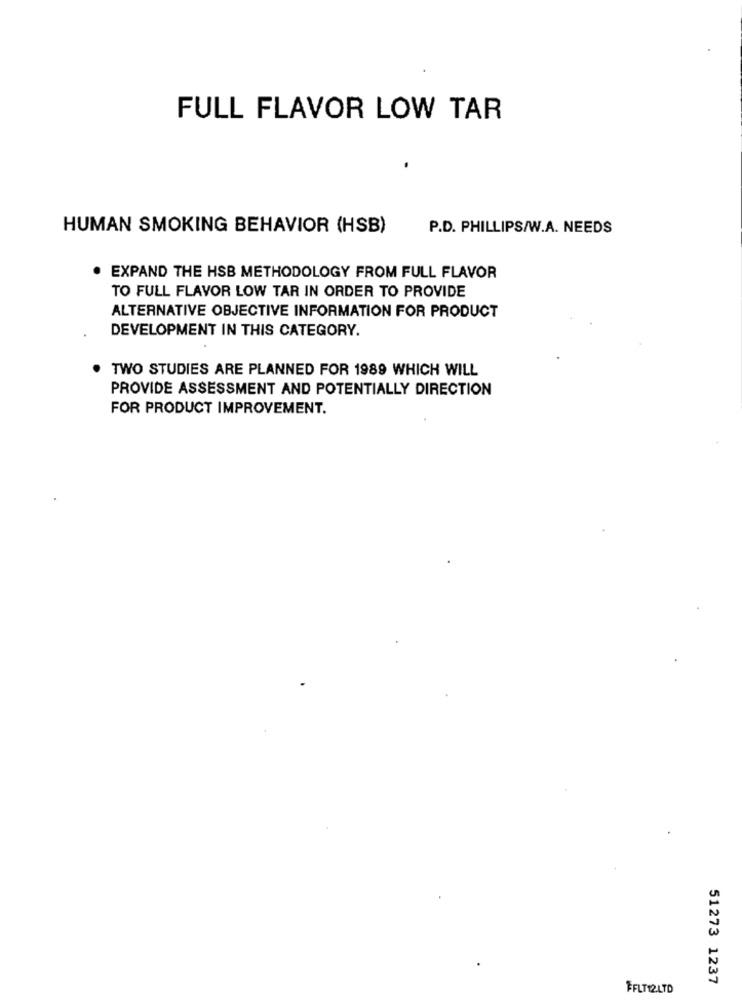
FULL FLAVOR LOW TAR
HUMAN SMOKING BEHAVIOR (HSB)
P.D. PHILLIPS/W.A. NEEDS
EXPAND THE HSB METHODOLOGY FROM FULL FLAVOR
TO FULL FLAVOR LOW TAR IN ORDER TO PROVIDE
ALTERNATIVE OBJECTIVE INFORMATION FOR PRODUCT
DEVELOPMENT IN THIS CATEGORY.
TWO STUDIES ARE PLANNED FOR 1989 WHICH WILL
PROVIDE ASSESSMENT AND POTENTIALLY DIRECTION
FOR PRODUCT IMPROVEMENT.
51273 1237
FFLT12.LTD